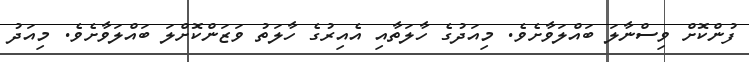
ފުންކޮށް ވިސްނާލަ ބައްލަވާށެވެ. މިއަދުގެ ހާލަތާއި އެއިރުގެ ހާލަތު ވަޒަންކޮށްލަ ބައްލަވާށެވެ. މިއަދު